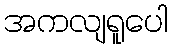
အကလျရူပေါ